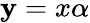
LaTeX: \mathbf{y}=x\alpha